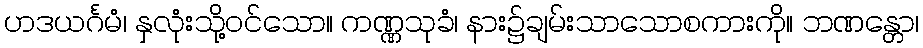
ဟဒယင်္ဂမံ၊ နှလုံးသို့ဝင်သော။ ကဏ္ဏသုခံ၊ နား၌ချမ်းသာသောစကားကို။ ဘဏန္တော၊